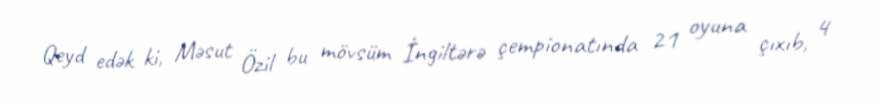
Qeyd edək ki, Məsut Özil bu mövsüm İngiltərə çempionatında 21 oyuna çıxıb, 4